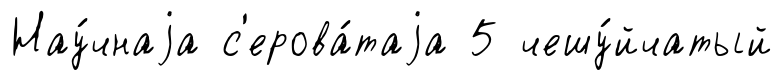
Нау́чнаjа с'ерова́таjа 5 чешу́йчатый